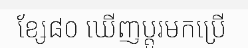
ខ្សែ៨០ ឃើញប្តូរមកប្រើ